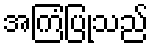
အကြံပြုသည်